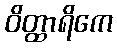
ဝိတ္ထာရိကေ